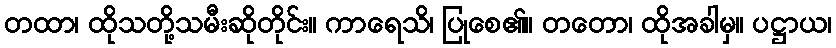
တထာ၊ ထိုသတို့သမီးဆိုတိုင်း။ ကာရေသိ၊ ပြုစေ၏။ တတော၊ ထိုအခါမှ။ ပဋ္ဌာယ၊